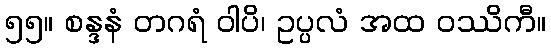
၅၅။ စန္ဒနံ တဂရံ ဝါပိ၊ ဥပ္ပလံ အထ ဝဿိကီ။